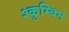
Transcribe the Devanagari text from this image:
श्कुम्बिन